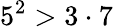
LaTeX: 5^{2}>3\cdot 7